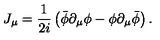
J _ { \mu } = \frac { 1 } { 2 i } \left( \bar { \phi } \partial _ { \mu } \phi - \phi \partial _ { \mu } \bar { \phi } \right) .